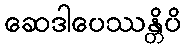
ဆေဒါပေဿန္တိပိ